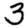
Digit: 3